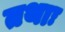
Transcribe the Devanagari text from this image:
तथाः